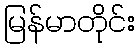
မြန်မာတိုင်း